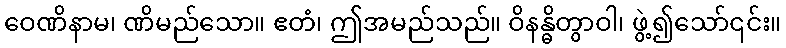
ဝေဏိနာမ၊ ဏိမည်သော။ ဧတံ၊ ဤအမည်သည်။ ဝိနန္ဓိတွာဝါ၊ ဖွဲ့၍သော်၎င်း။